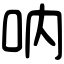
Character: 呐